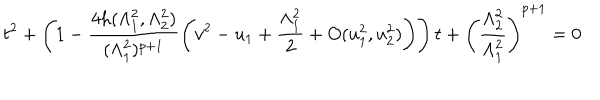
LaTeX: t ^ { 2 } + \left( 1 - \frac { 4 h ( \Lambda _ { 1 } ^ { 2 } , \Lambda _ { 2 } ^ { 2 } ) } { ( \Lambda _ { 1 } ^ { 2 } ) ^ { p + 1 } } \left( v ^ { 2 } - u _ { 1 } + \frac { \Lambda _ { 1 } ^ { 2 } } { 2 } + O ( u _ { 1 } ^ { 2 } , u _ { 2 } ^ { 2 } ) \right) \right) t + \left( \frac { \Lambda _ { 2 } ^ { 2 } } { \Lambda _ { 1 } ^ { 2 } } \right) ^ { p + 1 } = 0